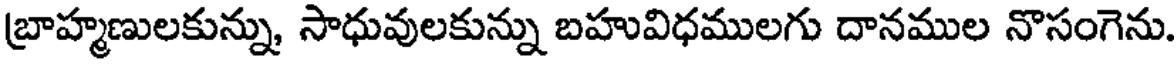
బ్రాహ్మణులకున్ను, సాధువులకున్ను బహువిధములగు దానముల నొసంగెను.